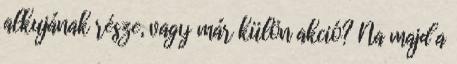
alkujának része, vagy már külön akció? Na majd a